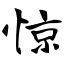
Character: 惊